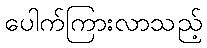
ပေါက်ကြားလာသည့်